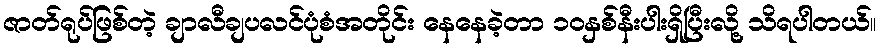
ဇာတ်ရုပ်ဖြစ်တဲ့ ချာလီချပလင်ပုံစံအတိုင်း နေနေခဲ့တာ ၁၀နှစ်နီးပါးရှိပြီးလို့ သိရပါတယ်။